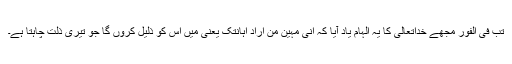
تب فی الفور مجھے خداتعالیٰ کا یہ الہام یاد آیا کہ اِنِّیْ مُہِیْنٌ مَنْ اَرَادَ اِہَانَتَکَ یعنی مَیں اس کو ذلیل کروں گا جو تیری ذلت چاہتا ہے۔